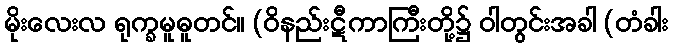
မိုးလေးလ ရုက္ခမူဓူတင်။ (ဝိနည်းဋီကာကြီးတို့၌ ဝါတွင်းအခါ (တံခါး